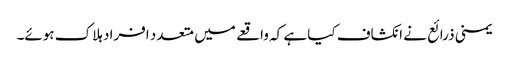
یمنی ذرائع نے انکشاف کیا ہے کہ واقعے میں متعدد افراد ہلاک ہوئے۔